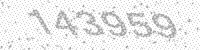
Solution: 143959